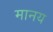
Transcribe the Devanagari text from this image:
मानय